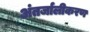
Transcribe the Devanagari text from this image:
अंतर्जालीकरण